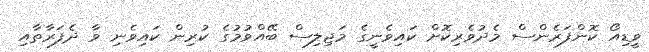
ވީޑިއޯ ކޮންފަރެންސް މެދުވެރިކޮށް ކައިވެނީގެ މަޖިލިސް ބޭއްވުމުގެ ކުރިން ކައިވެނި ވާ ދެފަރާތާއި